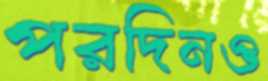
পরদিনও